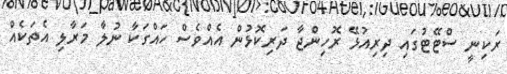
ރަކިނީ ސްޓޭޓުގައި ދިރިއުޅޭ ރޮހިންޖާ ދަރިކޮޅުން އެއްވެސް ހައްގަކާ ނުލާ މަރާލި އެތަކެއް